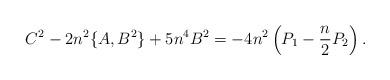
LaTeX: \begin{align*} C^{2}-2n^{2}\{A,B^{2}\}+5n^{4}B^{2}=-4n^{2}\left(P_{1}-\frac{n}{2}P_{2}\right). \end{align*}